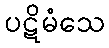
ပဋိမံသေ